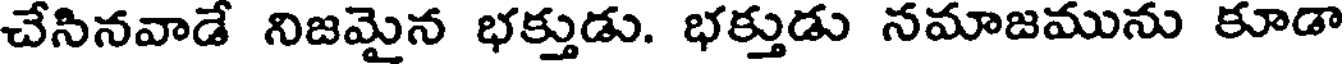
చేసినవాడే నిజమైన భక్తుడు. భక్తుడు నమాజమును కూడా